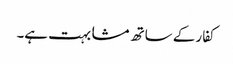
کفار کے ساتھ مشابہت ہے۔